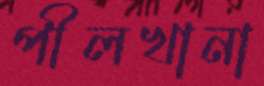
পীলখানা